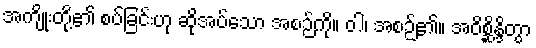
အကျိုးတို့၏ စပ်ခြင်းဟု ဆိုအပ်သော အစဉ်ကို။ ဝါ၊ အစဉ်၏။ အဝိစ္ဆိန္ဒိတွာ